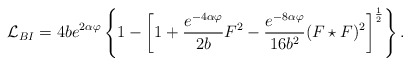
\begin{align*}{\cal L}_{BI} = 4b e^{2\alpha\varphi} \left\{1 - \left[1 +\frac{e^{-4\alpha\varphi}}{2b}F^2 - \frac{e^{-8\alpha\varphi}}{16b^2}(F\star F)^2 \right]^\frac{1}{2} \right\}.\end{align*}